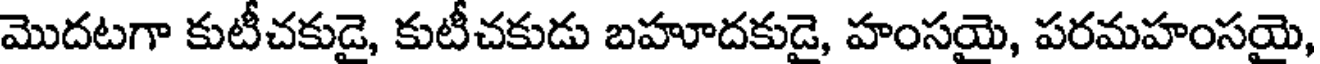
మొదటగా కుటీచకుడై, కుటీచకుడు బహూదకుడై, హంసయై, పరమహంసయై,